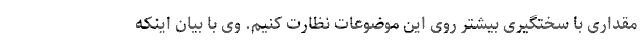
مقداری با سختگیری بیشتر روی این موضوعات نظارت کنیم. وی با بیان اینکه